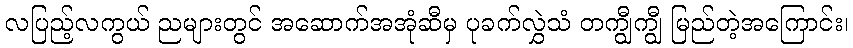
လပြည့်လကွယ် ညများတွင် အဆောက်အအုံဆီမှ ပုခက်လွှဲသံ တကျွီကျွီ မြည်တဲ့အကြောင်း၊